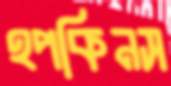
হপকিনস